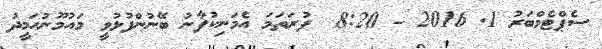
ސެޕްޓެމްބަރު 1